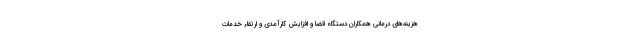
هزینه‌های درمانی همکاران دستگاه قضا و افزایش کارآمدی و ارتقاء خدمات